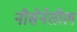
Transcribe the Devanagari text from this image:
नौसेनेतील